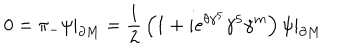
0 = \pi _ { - } \psi | _ { \partial M } = { \frac { 1 } { 2 } } \left( 1 + i e ^ { \theta \gamma ^ { 5 } } \gamma ^ { 5 } \gamma ^ { m } \right) \psi | _ { \partial M }